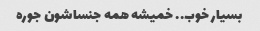
بسیار خوب.. خمیشه همه جنساشون جوره